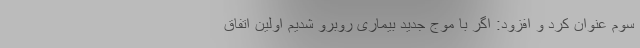
سوم عنوان کرد و افزود: اگر با موج جدید بیماری روبرو شدیم اولین اتفاق